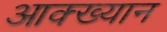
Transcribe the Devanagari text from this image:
आक्ख्यान